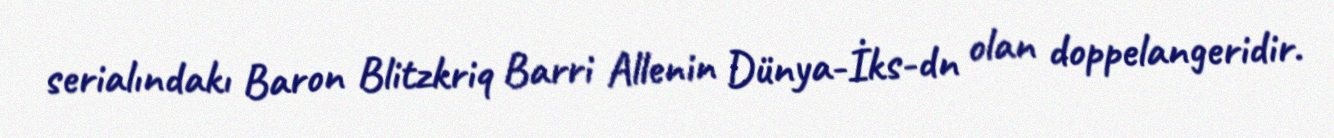
serialındakı Baron Blitzkriq Barri Allenin Dünya-İks-dn olan doppelangeridir.